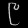
Digit: ၉